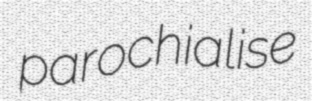
parochialise